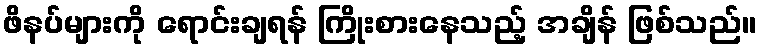
ဖိနပ်များကို ရောင်းချရန် ကြိုးစားနေသည့် အချိန် ဖြစ်သည်။